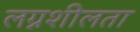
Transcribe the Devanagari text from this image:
लग्नशीलता